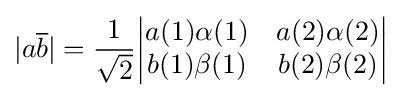
|a{\overline {b}}|={\frac {1}{\sqrt {2}}}{\begin{vmatrix}a(1)\alpha (1)&a(2)\alpha (2)\\b(1)\beta (1)&b(2)\beta (2)\end{vmatrix}}